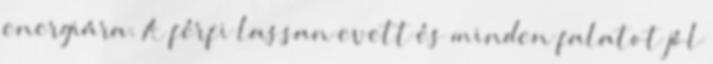
energiára. A férfi lassan evett és minden falatot jól